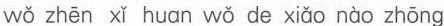
wǒ zhēn xǐ huan wǒ de xiǎo nào zhōng